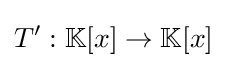
T':\mathbb {K} [x]\to \mathbb {K} [x]